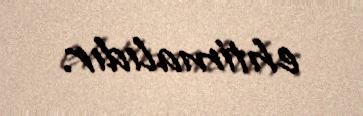
ehtimalıdır.